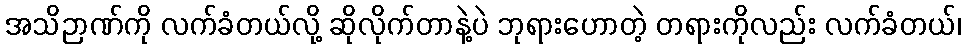
အသိဉာဏ်ကို လက်ခံတယ်လို့ ဆိုလိုက်တာနဲ့ပဲ ဘုရားဟောတဲ့ တရားကိုလည်း လက်ခံတယ်၊